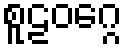
စူဠဝဂ္ဂေ